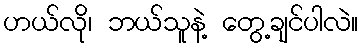
ဟယ်လို၊ ဘယ်သူနဲ့ တွေ့ချင်ပါလဲ။